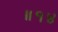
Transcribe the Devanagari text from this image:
॥१४